Document type: Sale
Year: 1275
Scribe: Salvador de Baiona
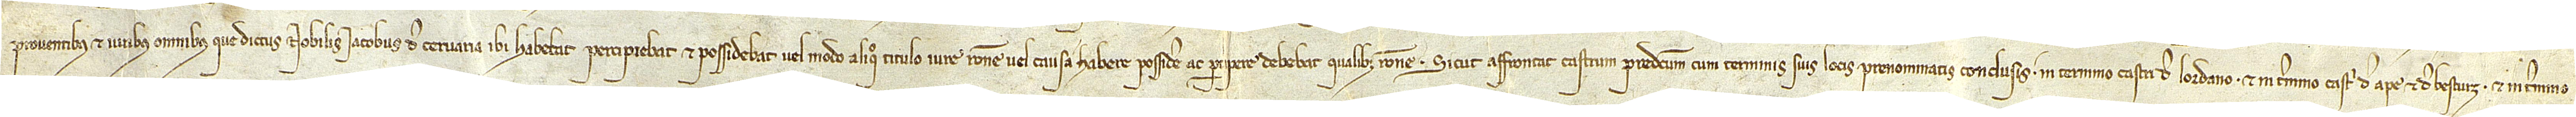
proventibus et iuribus omnibus que dictus nobilis Iacobus de Cervaria ibi habebat, percipiebat et possidebat vel modo aliquo titulo, iure, ratione vel causa habere, possidere ac percipere debebat qualibet ratione. Sicut affrontat castrum predictum cum terminis suis, locis prenominatis conclusis, in termino castri de Lordano, et in termino castri de Ape et de Besturz, et in termino